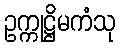
ဥက္ကုဋ္ဌိမကံသု